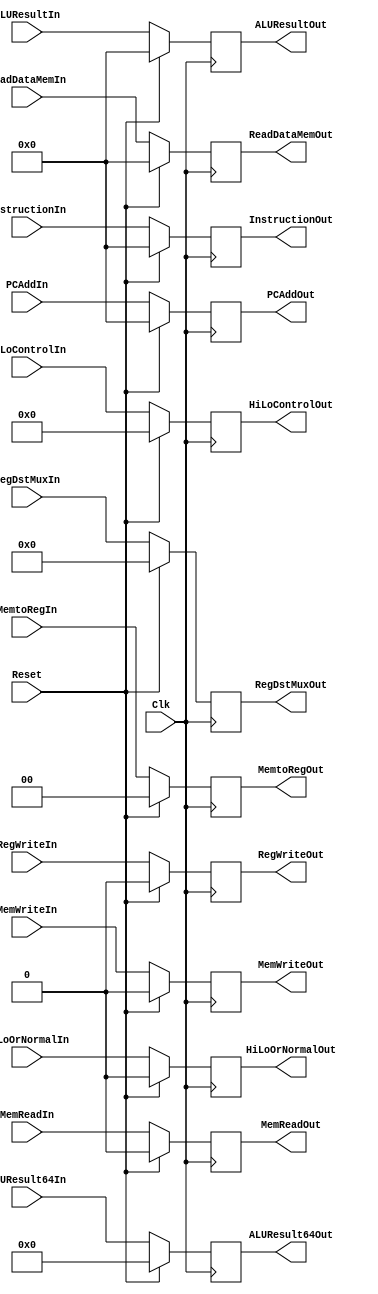
`timescale 1ns / 1ps
//////////////////////////////////////////////////////////////////////////////////
// Company: 
// Engineer: 
// 
// Design Name: 
// Module Name: RegIF_ID
// Project Name: 
// Target Devices: 
// Tool Versions: 
// Description: 
// 
// Dependencies: 
// 
// Revision:
// Revision 0.01 - File Created
// Additional Comments:
// 
//////////////////////////////////////////////////////////////////////////////////


module RegMEM_WB (
    Clk,
    Reset,
    RegWriteIn,
    RegWriteOut,
    MemtoRegIn,
    MemtoRegOut,
    MemReadIn,
    MemReadOut,
    MemWriteIn,
    MemWriteOut,
    PCAddIn,
    PCAddOut,
    ALUResultIn,
    ALUResultOut,
    ReadDataMemIn,
    ReadDataMemOut,
    RegDstMuxIn,
    RegDstMuxOut,
    ALUResult64In,
    ALUResult64Out,
    HiLoControlIn,
    HiLoControlOut,
    HiLoOrNormalIn,
    HiLoOrNormalOut,
    InstructionIn,
    InstructionOut
);
  input Clk, Reset;
  input RegWriteIn, HiLoOrNormalIn, MemReadIn, MemWriteIn;
  input [1:0] MemtoRegIn;
  input [4:0] RegDstMuxIn;
  input [31:0] PCAddIn, ReadDataMemIn, ALUResultIn, InstructionIn;
  input [63:0] ALUResult64In;
  input [3:0] HiLoControlIn;

  output reg RegWriteOut, HiLoOrNormalOut, MemReadOut, MemWriteOut;
  output reg [1:0] MemtoRegOut;
  output reg [4:0] RegDstMuxOut;
  output reg [31:0] PCAddOut, ReadDataMemOut, ALUResultOut, InstructionOut;
  output reg [63:0] ALUResult64Out;
  output reg [3:0] HiLoControlOut;
  always @(posedge Clk) begin
    if (Reset) begin
      RegWriteOut <= 0;
      MemtoRegOut <= 0;
      RegDstMuxOut <= 0;
      PCAddOut <= 0;
      ReadDataMemOut <= 0;
      ALUResultOut <= 0;
      ALUResult64Out <= 0;
      HiLoControlOut <= 0;
      HiLoOrNormalOut <= 0;
      InstructionOut <= 0;
      MemReadOut <= 0;
      MemWriteOut <= 0;
    end else begin
      RegWriteOut <= RegWriteIn;
      MemtoRegOut <= MemtoRegIn;
      RegDstMuxOut <= RegDstMuxIn;
      PCAddOut <= PCAddIn;
      ReadDataMemOut <= ReadDataMemIn;
      ALUResultOut <= ALUResultIn;
      ALUResult64Out <= ALUResult64In;
      HiLoControlOut <= HiLoControlIn;
      HiLoOrNormalOut <= HiLoOrNormalIn;
      InstructionOut <= InstructionIn;
      MemReadOut <= MemReadIn;
      MemWriteOut <= MemWriteIn;
    end
  end
endmodule